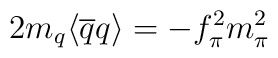
2m_q\langle \overline{q}q\rangle = -f_{\pi}^2 m_{\pi}^2